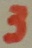
Text: 3